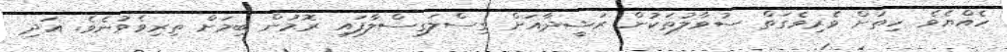
ހެއްޔެވެ ހިތަށް ވެރިވެގަތް ސުވާލުތަކުން ރަޝީދާއަށް ގިސްލަގިސްލާފައި ރޮމުން ބިމަށް ތިރިވެވުނެވެ. އަދި